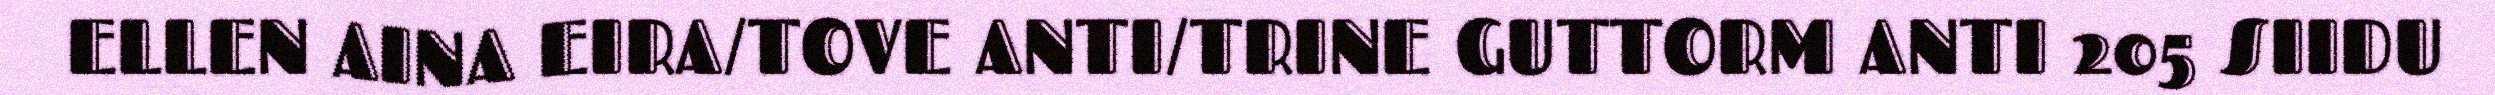
ELLEN AINA EIRA/TOVE ANTI/TRINE GUTTORM ANTI 205 SIIDU